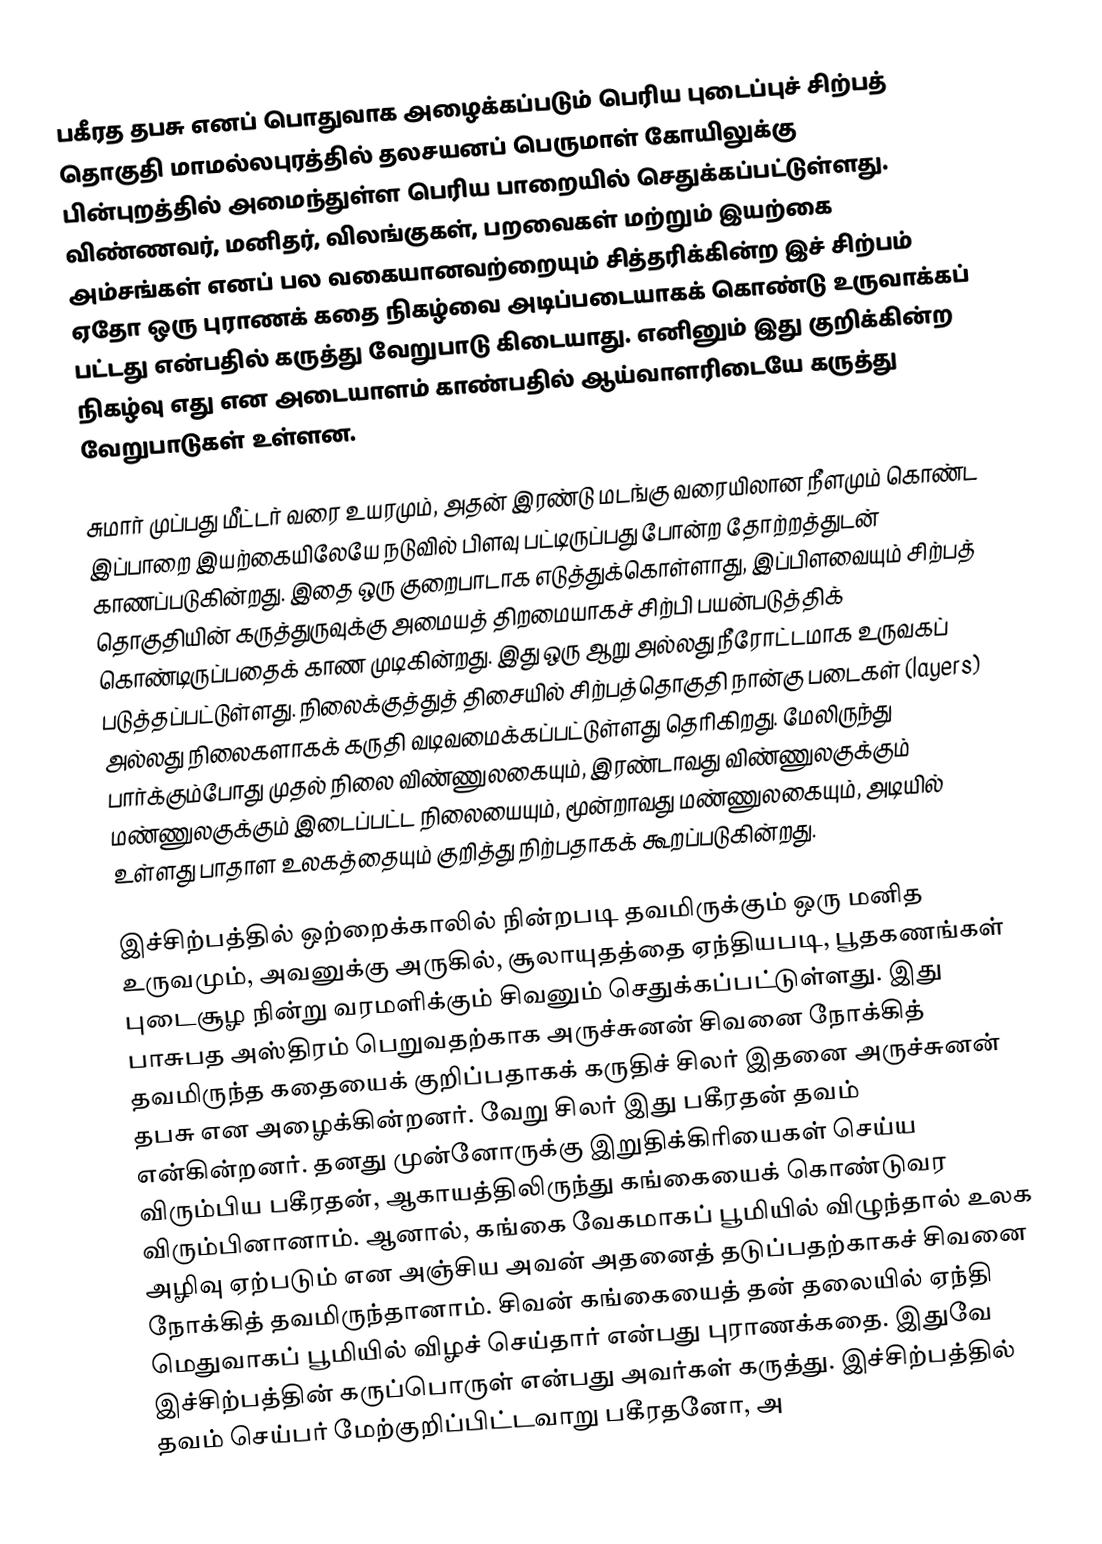
பகீரத தபசு எனப் பொதுவாக அழைக்கப்படும் பெரிய புடைப்புச் சிற்பத் தொகுதி மாமல்லபுரத்தில் தலசயனப் பெருமாள் கோயிலுக்கு பின்புறத்தில் அமைந்துள்ள பெரிய பாறையில் செதுக்கப்பட்டுள்ளது. விண்ணவர், மனிதர், விலங்குகள், பறவைகள் மற்றும் இயற்கை அம்சங்கள் எனப் பல வகையானவற்றையும் சித்தரிக்கின்ற இச் சிற்பம் ஏதோ ஒரு புராணக் கதை நிகழ்வை அடிப்படையாகக் கொண்டு உருவாக்கப் பட்டது என்பதில் கருத்து வேறுபாடு கிடையாது. எனினும் இது குறிக்கின்ற நிகழ்வு எது என அடையாளம் காண்பதில் ஆய்வாளரிடையே கருத்து வேறுபாடுகள் உள்ளன.

சுமார் முப்பது மீட்டர் வரை உயரமும், அதன் இரண்டு மடங்கு வரையிலான நீளமும் கொண்ட இப்பாறை இயற்கையிலேயே நடுவில் பிளவு பட்டிருப்பது போன்ற தோற்றத்துடன் காணப்படுகின்றது. இதை ஒரு குறைபாடாக எடுத்துக்கொள்ளாது, இப்பிளவையும் சிற்பத் தொகுதியின் கருத்துருவுக்கு அமையத் திறமையாகச் சிற்பி பயன்படுத்திக் கொண்டிருப்பதைக் காண முடிகின்றது. இது ஒரு ஆறு அல்லது நீரோட்டமாக உருவகப் படுத்தப்பட்டுள்ளது. நிலைக்குத்துத் திசையில் சிற்பத்தொகுதி நான்கு படைகள் (layers) அல்லது நிலைகளாகக் கருதி வடிவமைக்கப்பட்டுள்ளது தெரிகிறது. மேலிருந்து பார்க்கும்போது முதல் நிலை விண்ணுலகையும், இரண்டாவது விண்ணுலகுக்கும் மண்ணுலகுக்கும் இடைப்பட்ட நிலையையும், மூன்றாவது மண்ணுலகையும், அடியில் உள்ளது பாதாள உலகத்தையும் குறித்து நிற்பதாகக் கூறப்படுகின்றது.

இச்சிற்பத்தில் ஒற்றைக்காலில் நின்றபடி தவமிருக்கும் ஒரு மனித உருவமும், அவனுக்கு அருகில், சூலாயுதத்தை ஏந்தியபடி, பூதகணங்கள் புடைசூழ நின்று வரமளிக்கும் சிவனும் செதுக்கப்பட்டுள்ளது. இது பாசுபத அஸ்திரம் பெறுவதற்காக அருச்சுனன் சிவனை நோக்கித் தவமிருந்த கதையைக் குறிப்பதாகக் கருதிச் சிலர் இதனை அருச்சுனன் தபசு என அழைக்கின்றனர். வேறு சிலர் இது பகீரதன் தவம் என்கின்றனர். தனது முன்னோருக்கு இறுதிக்கிரியைகள் செய்ய விரும்பிய பகீரதன், ஆகாயத்திலிருந்து கங்கையைக் கொண்டுவர விரும்பினானாம். ஆனால், கங்கை வேகமாகப் பூமியில் விழுந்தால் உலக அழிவு ஏற்படும் என அஞ்சிய அவன் அதனைத் தடுப்பதற்காகச் சிவனை நோக்கித் தவமிருந்தானாம். சிவன் கங்கையைத் தன் தலையில் ஏந்தி மெதுவாகப் பூமியில் விழச் செய்தார் என்பது புராணக்கதை. இதுவே இச்சிற்பத்தின் கருப்பொருள் என்பது அவர்கள் கருத்து. இச்சிற்பத்தில் தவம் செய்பர் மேற்குறிப்பிட்டவாறு பகீரதனோ, அ